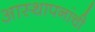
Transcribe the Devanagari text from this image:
आस्थापनांची